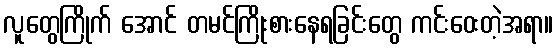
လူတွေကြိုက် အောင် တမင်ကြိုးစားနေရခြင်းတွေ ကင်းဝေးတဲ့အရာ။